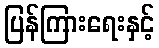
ပြန်ကြားရေးနှင့်